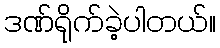
ဒဏ်ရိုက်ခဲ့ပါတယ်။